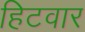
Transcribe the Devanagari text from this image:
हिटवार